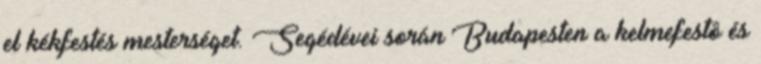
el kékfestés mesterséget. Segédévei során Budapesten a kelmefestô és